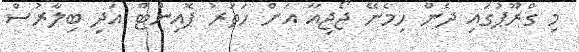
މި ގްރޫޕުގައި ދެން ހިމެނޭ ޖޯޖިއާ އަށް ހަތަރު ޕޮއިންޓް އަދި ބިލާރުސް